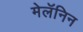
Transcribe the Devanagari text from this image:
मेलॅनिन